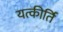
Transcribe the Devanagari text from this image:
यत्कीर्ति